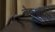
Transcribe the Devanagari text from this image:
बैकशोरिंग